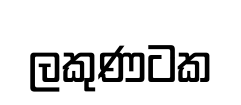
ලකුණටක